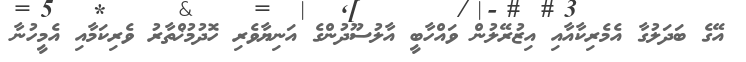
އޭގެ ބަދަލުގާ އެމެރިކާއާއި އިޒުރޭލުން ވައްހާބީ އާލުސޫދުންގެ އަނިޔާވެރި ހޮދުމުޚްތާރު ވެރިކަމާއި އެމީހުނާ